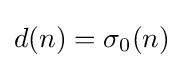
d(n)=\sigma _{0}(n)